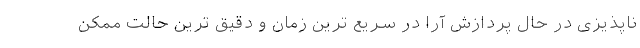
ناپذیزی در حال پردازش آرا در سریع ترین زمان و دقیق ترین حالت ممکن